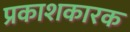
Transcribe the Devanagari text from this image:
प्रकाशकारक